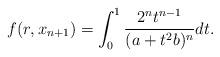
LaTeX: \begin{align*}f(r,x_{n+1})=\int_0^1\frac{2^nt^{n-1}}{(a+t^2b)^n}dt.\end{align*}